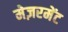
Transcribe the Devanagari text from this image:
मेज़रमेंट